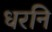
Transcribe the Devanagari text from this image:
धरनि